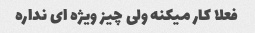
فعلا کار میکنه ولی چیز ویژه ای نداره